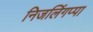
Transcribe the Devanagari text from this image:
निजलिंगप्पा